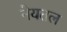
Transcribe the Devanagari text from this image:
नेयतल